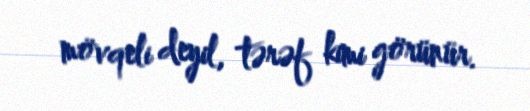
mövqeli deyil, tərəf kimi görünür.